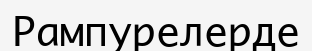
Рампурелерде